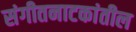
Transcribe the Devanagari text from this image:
संगीतनाटकांतील